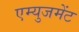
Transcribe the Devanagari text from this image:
एम्युजमेंट